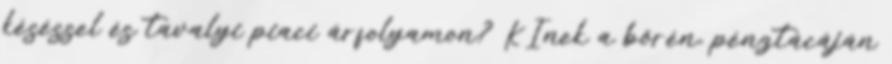
késéssel és tavalyi piaci árfolyamon? KInek a bőrén, pénztácáján